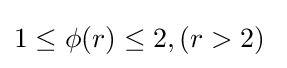
1\leq \phi (r)\leq 2,\left(r>2\right)\